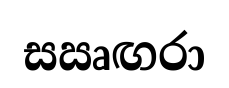
සඍඟරා